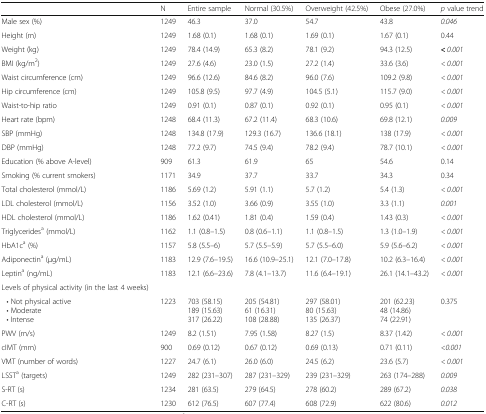
<table><thead><tr><td></td><td><b>N</b></td><td><b>Entire sample</b></td><td><b>Normal (30.5%)</b></td><td><b>Overweight (42.5%)</b></td><td><b>Obese (27.0%)</b></td><td><b><i>p</i> value trend</b></td></tr></thead><tbody><tr><td>Male sex (%)</td><td>1249</td><td>46.3</td><td>37.0</td><td>54.7</td><td>43.8</td><td><i>0.046</i></td></tr><tr><td>Height (m)</td><td>1249</td><td>1.68 (0.1)</td><td>1.68 (0.1)</td><td>1.69 (0.1)</td><td>1.67 (0.1)</td><td>0.44</td></tr><tr><td>Weight (kg)</td><td>1249</td><td>78.4 (14.9)</td><td>65.3 (8.2)</td><td>78.1 (9.2)</td><td>94.3 (12.5)</td><td><b>&lt;</b> <i>0.001</i></td></tr><tr><td>BMI (kg/m<sup>2</sup>)</td><td>1249</td><td>27.6 (4.6)</td><td>23.0 (1.5)</td><td>27.2 (1.4)</td><td>33.6 (3.6)</td><td><i>&lt; 0.001</i></td></tr><tr><td>Waist circumference (cm)</td><td>1249</td><td>96.6 (12.6)</td><td>84.6 (8.2)</td><td>96.0 (7.6)</td><td>109.2 (9.8)</td><td><i>&lt; 0.001</i></td></tr><tr><td>Hip circumference (cm)</td><td>1249</td><td>105.8 (9.5)</td><td>97.7 (4.9)</td><td>104.5 (5.1)</td><td>115.7 (9.0)</td><td><i>&lt; 0.001</i></td></tr><tr><td>Waist-to-hip ratio</td><td>1249</td><td>0.91 (0.1)</td><td>0.87 (0.1)</td><td>0.92 (0.1)</td><td>0.95 (0.1)</td><td><i>&lt; 0.001</i></td></tr><tr><td>Heart rate (bpm)</td><td>1248</td><td>68.4 (11.3)</td><td>67.2 (11.4)</td><td>68.3 (10.6)</td><td>69.8 (12.1)</td><td><i>0.009</i></td></tr><tr><td>SBP (mmHg)</td><td>1248</td><td>134.8 (17.9)</td><td>129.3 (16.7)</td><td>136.6 (18.1)</td><td>138 (17.9)</td><td><i>&lt; 0.001</i></td></tr><tr><td>DBP (mmHg)</td><td>1248</td><td>77.2 (9.7)</td><td>74.5 (9.4)</td><td>78.2 (9.4)</td><td>78.7 (10.1)</td><td><i>&lt; 0.001</i></td></tr><tr><td>Education (% above A-level)</td><td>909</td><td>61.3</td><td>61.9</td><td>65</td><td>54.6</td><td>0.14</td></tr><tr><td>Smoking (% current smokers)</td><td>1171</td><td>34.9</td><td>37.7</td><td>33.7</td><td>34.3</td><td>0.34</td></tr><tr><td>Total cholesterol (mmol/L)</td><td>1186</td><td>5.69 (1.2)</td><td>5.91 (1.1)</td><td>5.7 (1.2)</td><td>5.4 (1.3)</td><td><i>&lt; 0.001</i></td></tr><tr><td>LDL cholesterol (mmol/L)</td><td>1156</td><td>3.52 (1.0)</td><td>3.66 (0.9)</td><td>3.55 (1.0)</td><td>3.3 (1.1)</td><td><i>0.001</i></td></tr><tr><td>HDL cholesterol (mmol/L)</td><td>1186</td><td>1.62 (0.41)</td><td>1.81 (0.4)</td><td>1.59 (0.4)</td><td>1.43 (0.3)</td><td><i>&lt; 0.001</i></td></tr><tr><td>Triglycerides<sup>a</sup> (mmol/L)</td><td>1162</td><td>1.1 (0.8–1.5)</td><td>0.8 (0.6–1.1)</td><td>1.1 (0.8–1.5)</td><td>1.3 (1.0–1.9)</td><td><i>&lt; 0.001</i></td></tr><tr><td>HbA1c<sup>a</sup> (%)</td><td>1157</td><td>5.8 (5.5–6)</td><td>5.7 (5.5–5.9)</td><td>5.7 (5.5–6.0)</td><td>5.9 (5.6–6.2)</td><td><i>&lt; 0.001</i></td></tr><tr><td>Adiponectin<sup>a</sup> (μg/mL)</td><td>1183</td><td>12.9 (7.6–19.5)</td><td>16.6 (10.9–25.1)</td><td>12.1 (7.0–17.8)</td><td>10.2 (6.3–16.4)</td><td><i>&lt; 0.001</i></td></tr><tr><td>Leptin<sup>a</sup> (ng/mL)</td><td>1183</td><td>12.1 (6.6–23.6)</td><td>7.8 (4.1–13.7)</td><td>11.6 (6.4–19.1)</td><td>26.1 (14.1–43.2)</td><td><i>&lt; 0.001</i></td></tr><tr><td>Levels of physical activity (in the last 4 weeks)</td><td></td><td></td><td></td><td></td><td></td><td></td></tr><tr><td> • Not physical active • Moderate • Intense</td><td>1223</td><td>703 (58.15)189 (15.63)317 (26.22)</td><td>205 (54.81)61 (16.31)108 (28.88)</td><td>297 (58.01)80 (15.63)135 (26.37)</td><td>201 (62.23)48 (14.86)74 (22.91)</td><td>0.375</td></tr><tr><td>PWV (m/s)</td><td>1249</td><td>8.2 (1.51)</td><td>7.95 (1.58)</td><td>8.27 (1.5)</td><td>8.37 (1.42)</td><td><i>&lt; 0.001</i></td></tr><tr><td>cIMT (mm)</td><td>900</td><td>0.69 (0.12)</td><td>0.67 (0.12)</td><td>0.69 (0.13)</td><td>0.71 (0.11)</td><td><i>&lt;0.001</i></td></tr><tr><td>VMT (number of words)</td><td>1227</td><td>24.7 (6.1)</td><td>26.0 (6.0)</td><td>24.5 (6.2)</td><td>23.6 (5.7)</td><td><i>&lt; 0.001</i></td></tr><tr><td>LSST<sup>a</sup> (targets)</td><td>1249</td><td>282 (231–307)</td><td>287 (231–329)</td><td>239 (231–329)</td><td>263 (174–288)</td><td><i>0.009</i></td></tr><tr><td>S-RT (s)</td><td>1234</td><td>281 (63.5)</td><td>279 (64.5)</td><td>278 (60.2)</td><td>289 (67.2)</td><td><i>0.038</i></td></tr><tr><td>C-RT (s)</td><td>1230</td><td>612 (76.5)</td><td>607 (77.4)</td><td>608 (72.9)</td><td>622 (80.6)</td><td><i>0.012</i></td></tr></tbody></table>